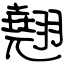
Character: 翹